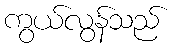
ကွယ်လွန်သည်